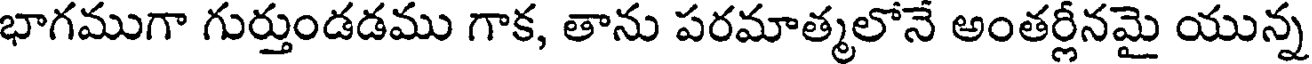
భాగముగా గుర్తుండడము గాక, తాను పరమాత్మలోనే అంతర్లీనమై యున్న